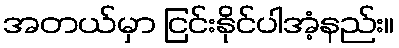
အတယ်မှာ ငြင်းနိုင်ပါအံ့နည်း။